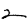
Digit: 2